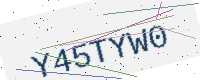
Text: Y45TYW0